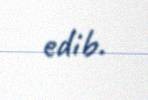
edib.